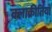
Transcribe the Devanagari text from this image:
क्लाक्रीतियाँ